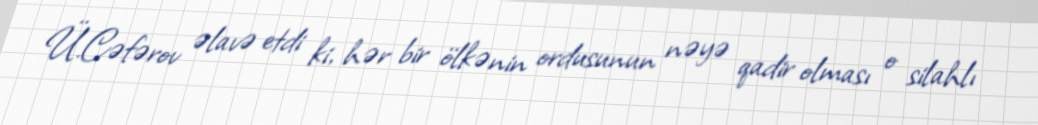
Ü.Cəfərov əlavə etdi ki, hər bir ölkənin ordusunun nəyə qadir olması o silahlı